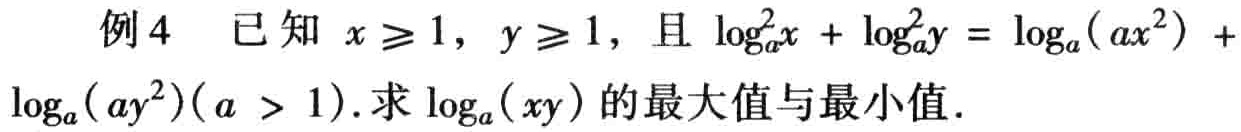
例4 已知 \(x \geq 1\)，\(y \geq 1\)，且 \(\log_{a}^{2}x + \log_{a}^{2}y = \log_{a}(ax^{2}) + \log_{a}(ay^{2})(a > 1)\).求 \(\log_{a}(xy)\) 的最大值与最小值.